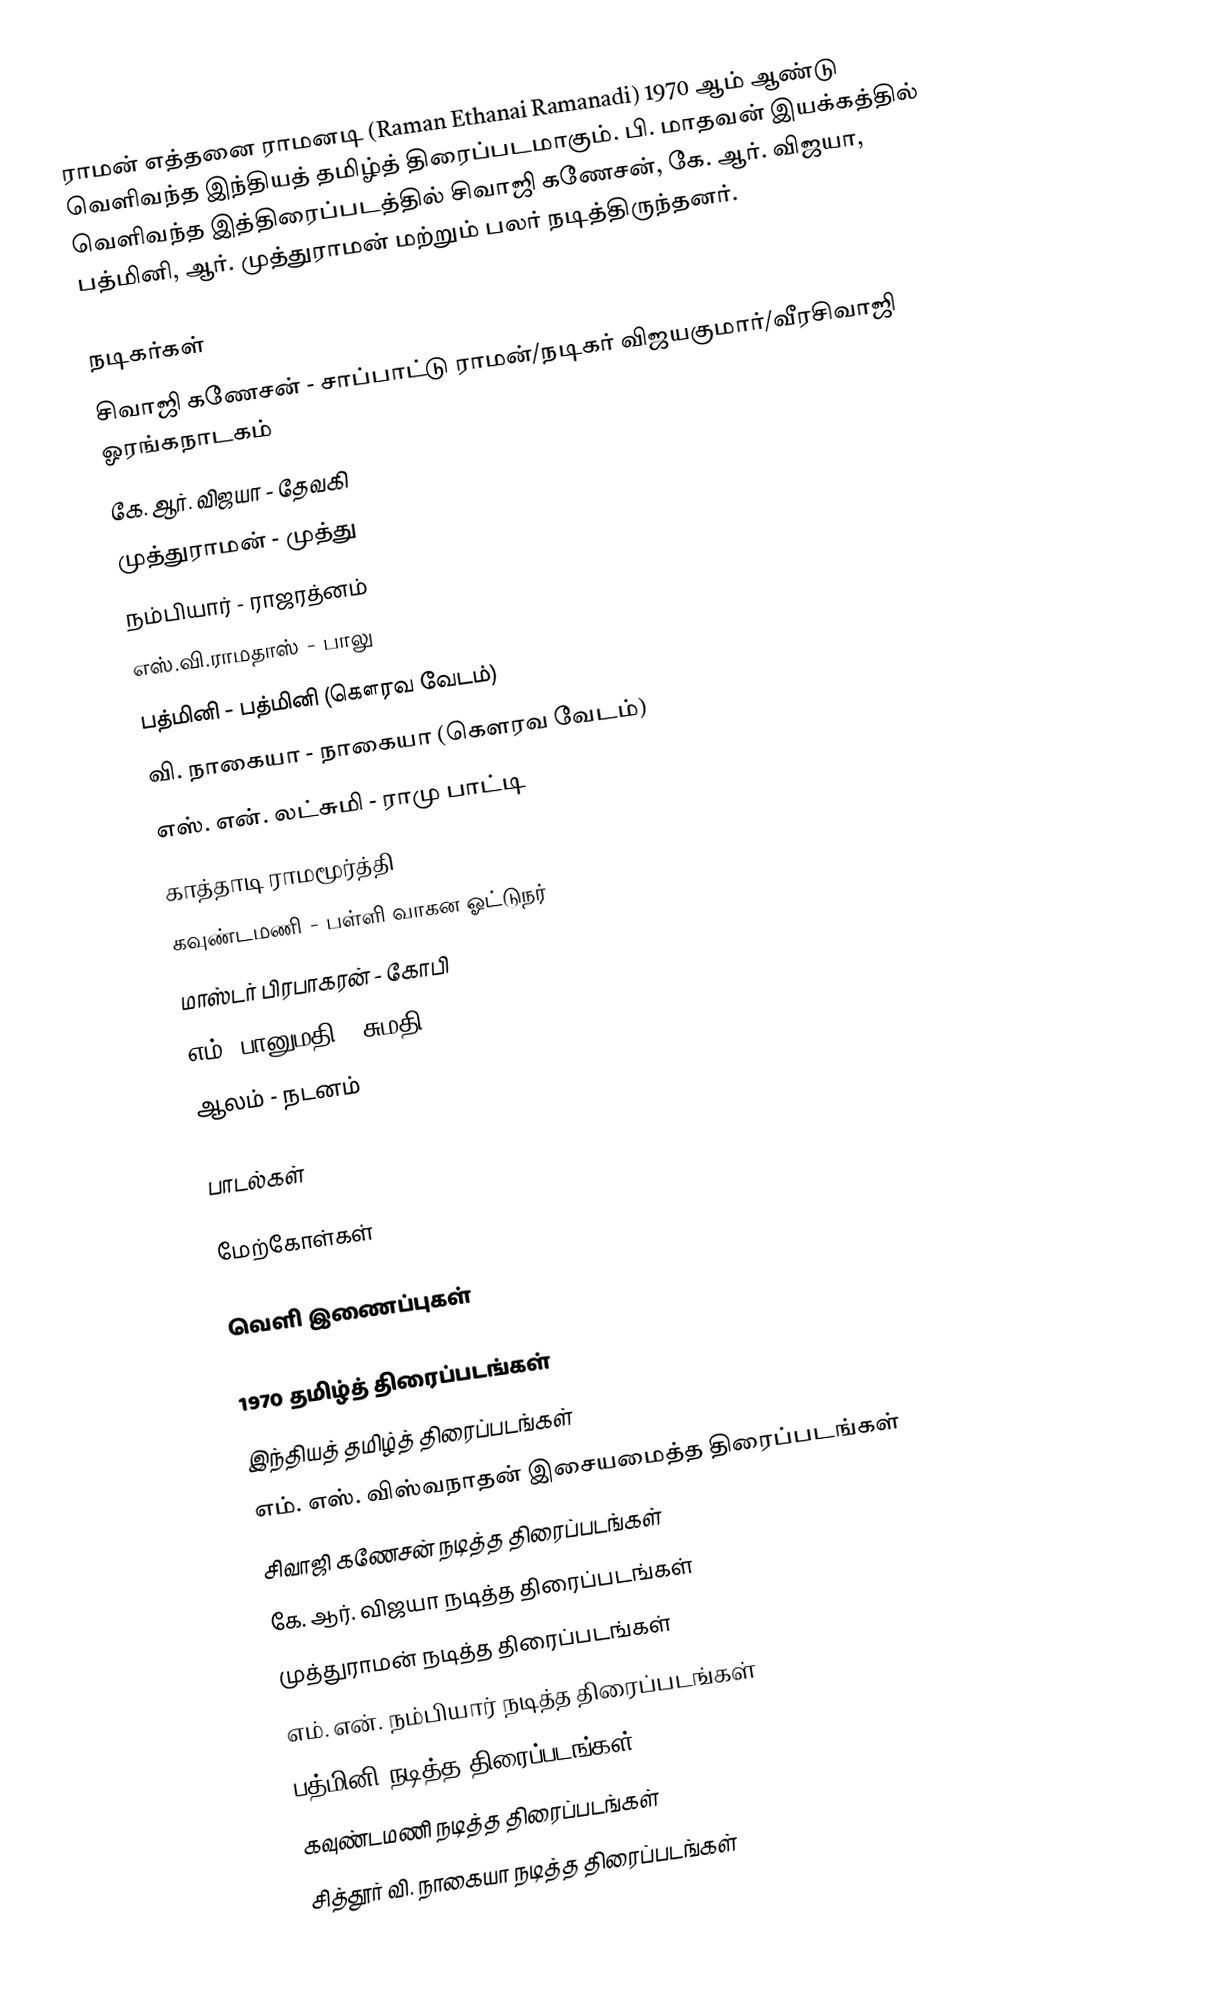
ராமன் எத்தனை ராமனடி (Raman Ethanai Ramanadi) 1970 ஆம் ஆண்டு வெளிவந்த இந்தியத் தமிழ்த் திரைப்படமாகும். பி. மாதவன் இயக்கத்தில் வெளிவந்த இத்திரைப்படத்தில் சிவாஜி கணேசன், கே. ஆர். விஜயா, பத்மினி, ஆர். முத்துராமன் மற்றும் பலர் நடித்திருந்தனர்.

நடிகர்கள்
சிவாஜி கணேசன் - சாப்பாட்டு ராமன்/நடிகர் விஜயகுமாா்/வீரசிவாஜி ஓரங்கநாடகம்
கே. ஆர். விஜயா - தேவகி
முத்துராமன் - முத்து
நம்பியார் - ராஜரத்னம்
எஸ்.வி.ராமதாஸ் - பாலு
பத்மினி - பத்மினி (கௌரவ வேடம்)
வி. நாகையா - நாகையா (கௌரவ வேடம்)
எஸ். என். லட்சுமி - ராமு பாட்டி
காத்தாடி ராமமூர்த்தி
கவுண்டமணி - பள்ளி வாகன ஓட்டுநர்
மாஸ்டர் பிரபாகரன் - கோபி
எம். பானுமதி - சுமதி
ஆலம் - நடனம்

பாடல்கள்

மேற்கோள்கள்

வெளி இணைப்புகள்

1970 தமிழ்த் திரைப்படங்கள்
இந்தியத் தமிழ்த் திரைப்படங்கள்
எம். எஸ். விஸ்வநாதன் இசையமைத்த திரைப்படங்கள்
சிவாஜி கணேசன் நடித்த திரைப்படங்கள்
கே. ஆர். விஜயா நடித்த திரைப்படங்கள்
முத்துராமன் நடித்த திரைப்படங்கள்
எம். என். நம்பியார் நடித்த திரைப்படங்கள்
பத்மினி நடித்த திரைப்படங்கள்
கவுண்டமணி நடித்த திரைப்படங்கள்
சித்தூர் வி. நாகையா நடித்த திரைப்படங்கள்